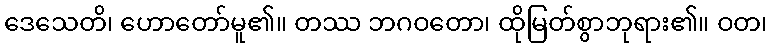
ဒေသေတိ၊ ဟောတော်မူ၏။ တဿ ဘဂဝတော၊ ထိုမြတ်စွာဘုရား၏။ ဝတ၊